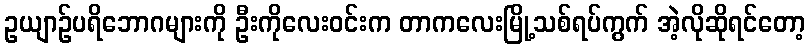
ဥယျာဉ်ပရိဘောဂများကို ဦးကိုလေးဝင်းက တာကလေးမြို့သစ်ရပ်ကွက် အဲ့လိုဆိုရင်တော့